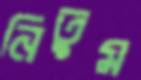
নিতুম